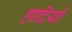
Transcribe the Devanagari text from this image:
हादियों